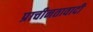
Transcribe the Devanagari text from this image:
प्राचीनतावादी